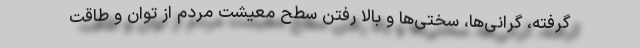
گرفته، گرانی‌ها، سختی‌ها و بالا رفتن سطح معیشت مردم از توان و طاقت